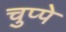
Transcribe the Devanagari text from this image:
चुप्पे